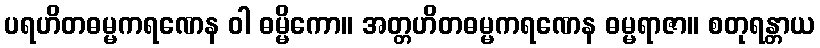
ပရဟိတဓမ္မကရဏေန ဝါ ဓမ္မိကော။ အတ္တဟိတဓမ္မကရဏေန ဓမ္မရာဇာ။ စတုရန္တာယ